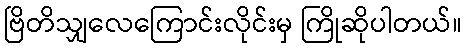
ဗြိတိသျှလေကြောင်းလိုင်းမှ ကြိုဆိုပါတယ်။